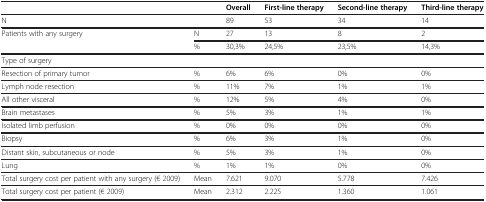
<table><thead><tr><td><b> </b></td><td><b> </b></td><td><b>Overall</b></td><td><b>First-line therapy</b></td><td><b>Second-line therapy</b></td><td><b>Third-line therapy</b></td></tr></thead><tbody><tr><td>N</td><td> </td><td>89</td><td>53</td><td>34</td><td>14</td></tr><tr><td>Patients with any surgery</td><td>N</td><td>27</td><td>13</td><td>8</td><td>2</td></tr><tr><td> </td><td>%</td><td>30,3%</td><td>24,5%</td><td>23,5%</td><td>14,3%</td></tr><tr><td colspan="6">Type of surgery</td></tr><tr><td>Resection of primary tumor</td><td>%</td><td>6%</td><td>6%</td><td>0%</td><td>0%</td></tr><tr><td>Lymph node resection</td><td>%</td><td>11%</td><td>7%</td><td>1%</td><td>1%</td></tr><tr><td>All other visceral</td><td>%</td><td>12%</td><td>5%</td><td>4%</td><td>0%</td></tr><tr><td>Brain metastases</td><td>%</td><td>5%</td><td>3%</td><td>1%</td><td>1%</td></tr><tr><td>Isolated limb perfusion</td><td>%</td><td>0%</td><td>0%</td><td>0%</td><td>0%</td></tr><tr><td>Biopsy</td><td>%</td><td>6%</td><td>3%</td><td>1%</td><td>0%</td></tr><tr><td>Distant skin, subcutaneous or node</td><td>%</td><td>5%</td><td>3%</td><td>1%</td><td>0%</td></tr><tr><td>Lung</td><td>%</td><td>1%</td><td>1%</td><td>0%</td><td>0%</td></tr><tr><td>Total surgery cost per patient with any surgery (€ 2009)</td><td>Mean</td><td>7.621</td><td>9.070</td><td>5.778</td><td>7.426</td></tr><tr><td>Total surgery cost per patient (€ 2009)</td><td>Mean</td><td>2.312</td><td>2.225</td><td>1.360</td><td>1.061</td></tr></tbody></table>